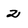
Character: 2